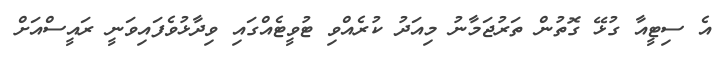
އެ ސިޓީއާ ގުޅޭ ގޮތުން ތަރުޖަމާނު މިއަދު ކުރެއްވި ޓުވީޓެއްގައި ވިދާޅުވެފައިވަނީ ރައީސްއަށް